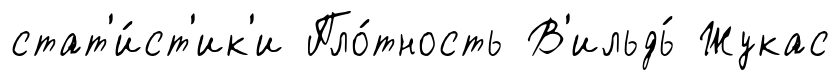
стат'и́ст'ик'и Пло́тность В'ильдь́ Жукас